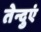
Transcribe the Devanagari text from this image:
तेन्दुएं